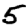
Digit: 5